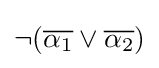
\neg ({\overline {\alpha _{1}}}\lor {\overline {\alpha _{2}}})